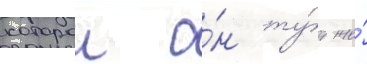
которои о́н ту́т же́